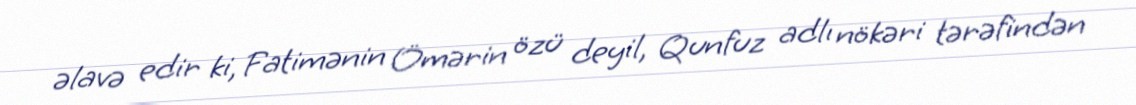
əlavə edir ki, Fatimənin Ömərin özü deyil, Qunfuz adlı nökəri tərəfindən